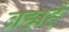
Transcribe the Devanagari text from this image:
ब्रह्महै